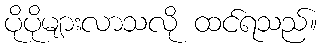
ပိုပိုများလာသလို ထင်ရသည်။